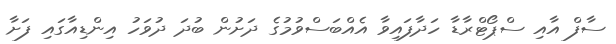
ސާފް އާއި ސްޕޯޓްރާޑާ ހަދާފައިވާ އެއްބަސްވުމުގެ ދަށުން ބުދަ ދުވަހު އިންޑިއާގައި ފަށާ